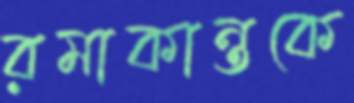
রমাকান্তকে